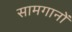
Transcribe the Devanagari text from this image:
सामगानों